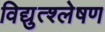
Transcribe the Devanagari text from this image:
विद्युत्श्लेषण